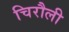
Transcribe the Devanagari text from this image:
चिरौली